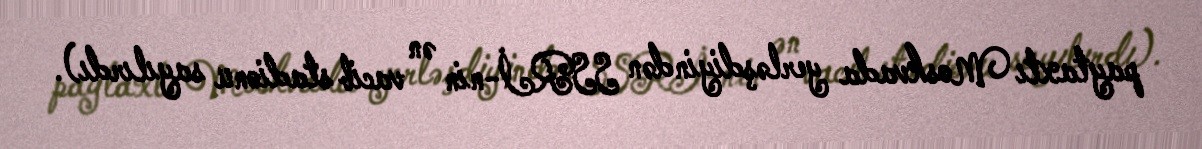
paytaxtı Moskvada yerləşdiyindən SSRİ-nin ən vacib stadionu sayılırdı).